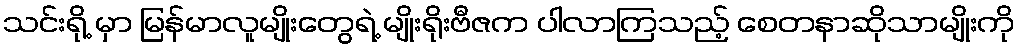
သင်းရို့ မှာ မြန်မာလူမျိုးတွေရဲ့ မျိုးရိုးဗီဇက ပါလာကြသည့် စေတနာဆိုသာမျိုးကို